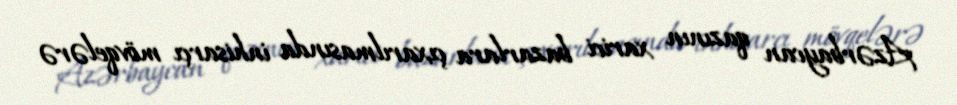
Azərbaycan qazının xarici bazarlara çıxarılmasında inhisarçı mövqelərə